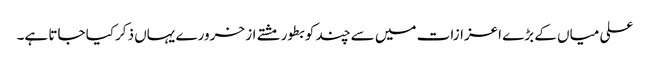
علی میاں کے بڑے اعزازات میں سے چند کو بطور مشتے از خرورے یہاں ذکرکیا جاتا ہے۔